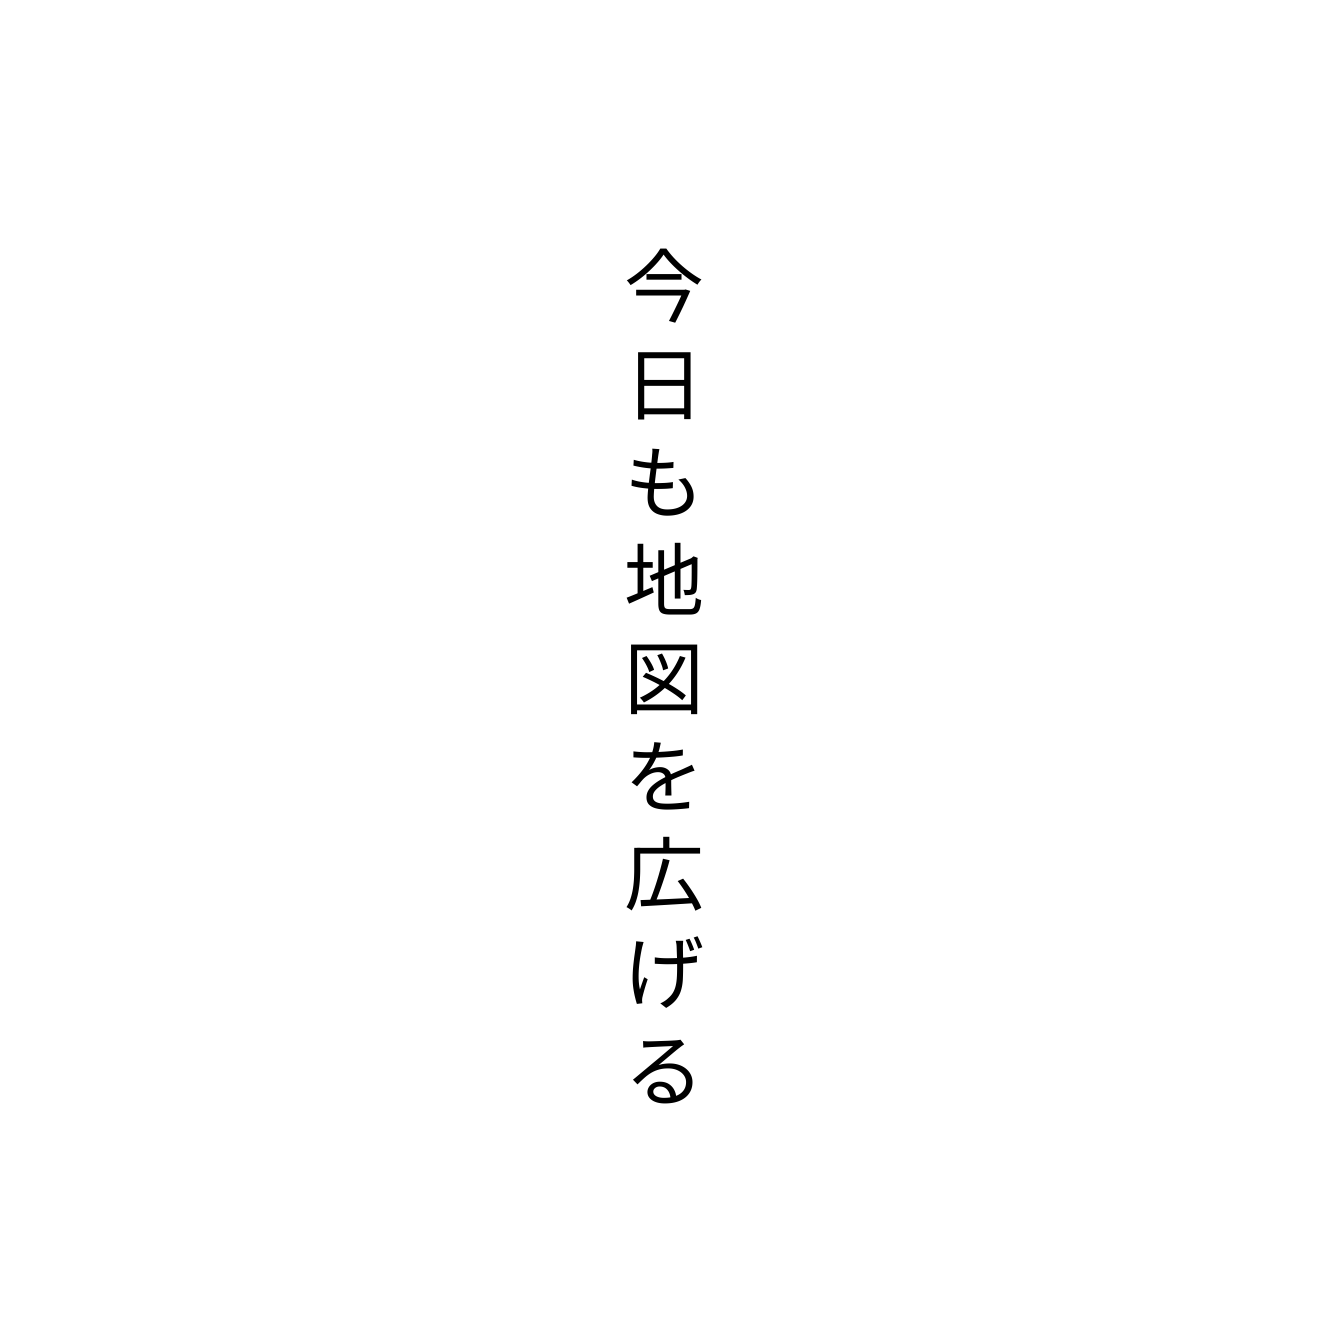
今日も地図を広げる